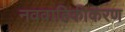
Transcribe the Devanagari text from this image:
नववाहिकीकरण